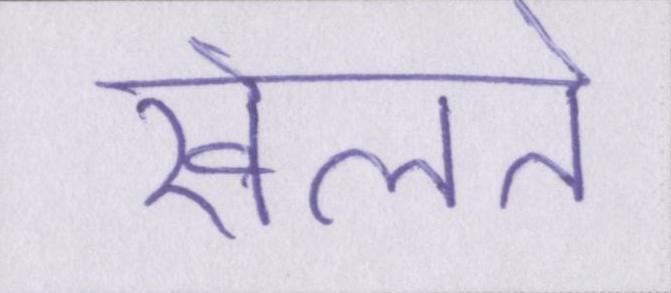
खेलते